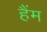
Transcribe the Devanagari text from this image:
हैंम